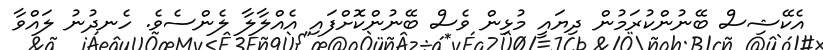
އެކޭޝިސް ބޭނުންކުރަމުން ދިޔައީ މުޅިން ވެސް ބޭނުންކޮށްފައި އެއްލާލާ ލެންސެވެ. ހެނދުނު ލައްވާ